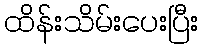
ထိန်းသိမ်းပေးပြီး